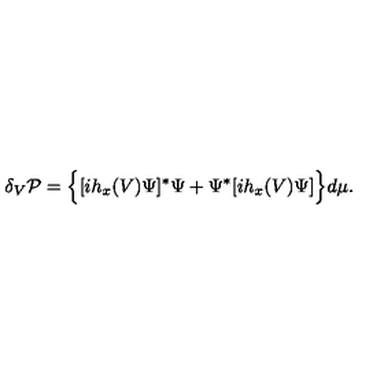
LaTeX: \delta _ { V } { \cal P } = \Big \{ [ i h _ { x } ( V ) \Psi ] ^ { * } \Psi + \Psi ^ { * } [ i h _ { x } ( V ) \Psi ] \Big \} d \mu .